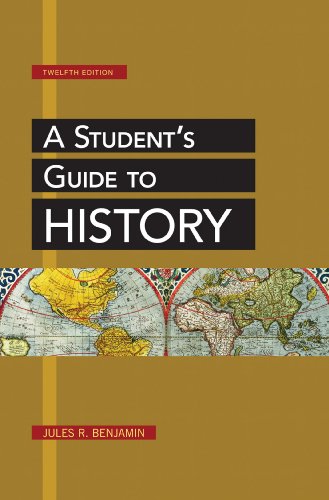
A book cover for A Student's Guide to History; Jules R. Benjamin; History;